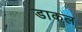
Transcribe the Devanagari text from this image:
डाकल